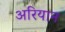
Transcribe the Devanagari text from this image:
अरियान